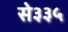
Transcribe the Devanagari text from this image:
से३३५